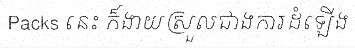
Packs នេះ ក៏ងាយស្រួលជាងការដំឡើង